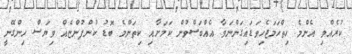
ކުރެއްވި އެންމެ ހިތްހަމަޖެހިވަޑައިގަންނަވާ އެއްބަސްވުން ކަމަށާއި ކިތަންމެ ބޮޑު ކުންފުންޏެއް ވިޔަސް ހިންގޭނީ